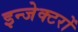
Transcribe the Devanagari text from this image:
इन्जेक्टरों